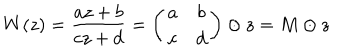
W ( z ) = \frac { a z + b } { c z + d } = \left( \begin{array} { c c } { { a } } & { { b } } \\ { { c } } & { { d } } \\ \end{array} \right) \odot z = M \odot z